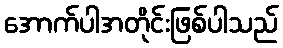
အောက်ပါအတိုင်းဖြစ်ပါသည်